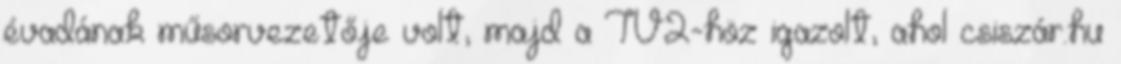
évadának műsorvezetője volt, majd a TV2-höz igazolt, ahol csiszár.hu